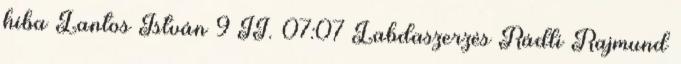
hiba Lantos István 9 II. 07:07 Labdaszerzés Rádli Rajmund